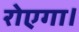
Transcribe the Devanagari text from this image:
रोएगा।